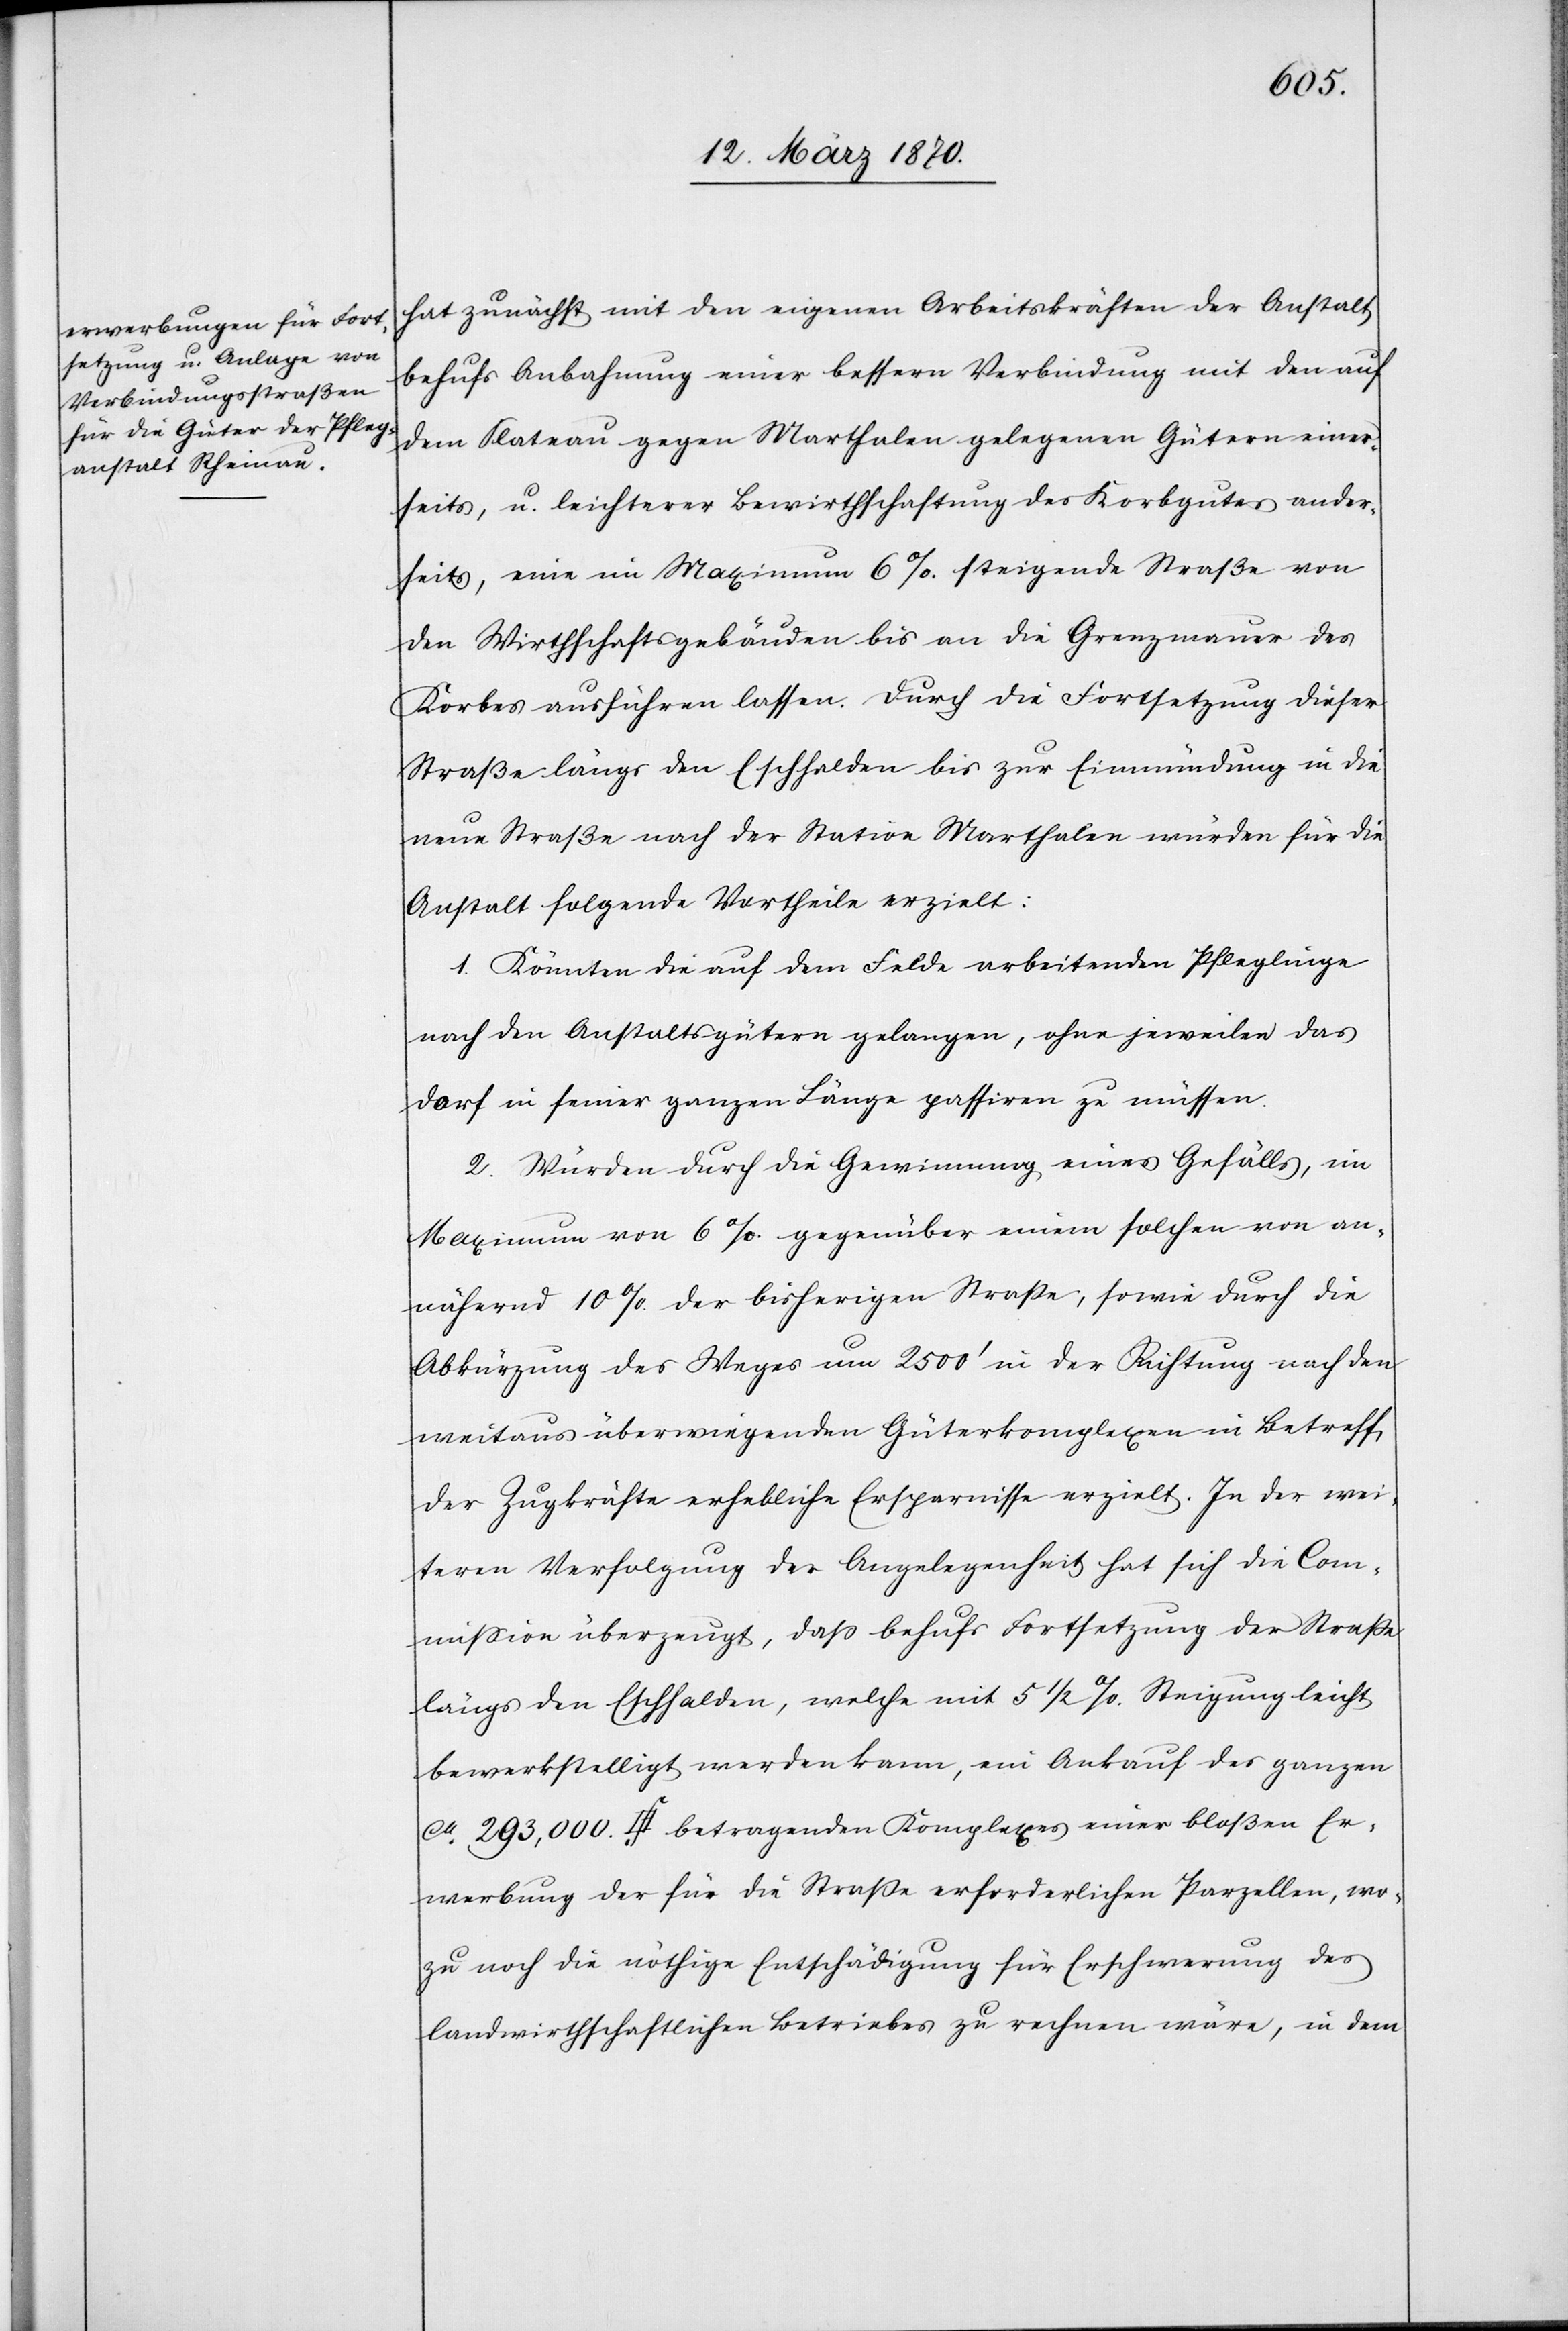
hat zunächst mit den eigenen Arbeitskräften der Anstalt
behufs Anbahnung einer bessern Verbindung mit den auf
dem Plateau gegen Marthalen gelegenen Gütern einer¬
seits, u. leichterer Bewirthschaftung des Korbgutes ander¬
seits, eine im Maximum 6% steigende Straße von
den Wirthschaftsgebäuden bis an die Grenzmauer des
Korbes ausführen lassen. Durch die Fortsetzung dieser
Straße längs den Eschhalden bis zur Einmündung in die
neue Straße nach der Station Marthalen würden für die
Anstalt folgende Vortheile erzielt:
1. Könnten die auf dem Felde arbeitenden Pfleglinge
nach den Anstaltsgütern gelangen, ohne jeweilen das
Dorf in seiner ganzen Länge passiren zu müssen.
2. Würden durch die Gewinnung eines Gefälls, im
Maximum von 6% gegenüber einem solchen von an¬
nähernd 10% der bisherigen Straße, sowie durch die
Abkürzung des Weges um 2500‘ in der Richtung nach den
weitaus überwiegenden Güterkomplexen in Betreff
der Zugkräfte erhebliche Ersparnisse erzielt. In der wei¬
tern Verfolgung der Angelegenheit hat sich die Com¬
mission überzeugt, daß behufs Fortsetzung der Straße
längs den Eschhalden, welche mit 5 1/2 %. Steigung leicht
bewerkstelligt werden kann, ein Ankauf des ganzen
ca. 293,000. [Quadratfuss] betragenden Komplexes einer bloßen Er¬
werbung der für die Straße erforderlichen Parzellen, wo¬
zu noch die nöthige Entschädigung für Erschwerung des
landwirthschaftlichen Betriebes zu rechnen wäre, in dem